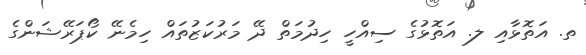
ތ. އަތޮޅާއި ލ. އަތޮޅުގެ ސިއްހީ ހިދުމަތް ދޭ މަރުކަޒުތައް ހިމެނޭ ކޯޕަރޭޝަންގެ